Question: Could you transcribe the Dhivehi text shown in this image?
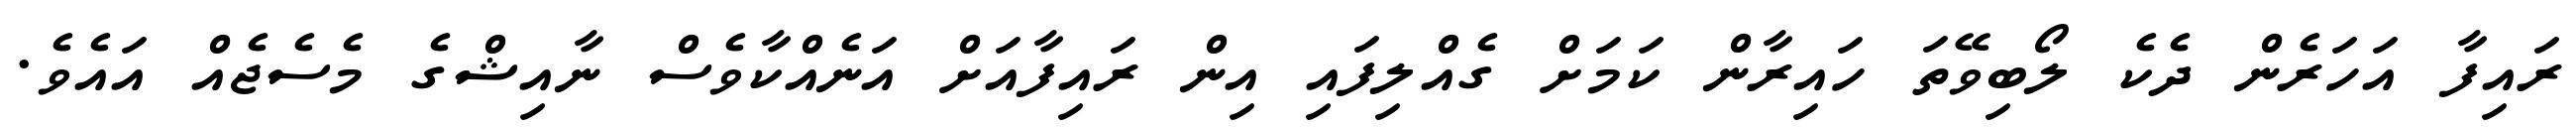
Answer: ރައިފާ އަހަރެން ދެކެ ލޯބިވޭތަ ހައިރާން ކަމަށް ގެއްލިފައި އިން ރައިފާއަށް އަނެއްކާވެސް ނާއިޝްގެ މެސެޖެއް އައެވެ.